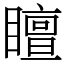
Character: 䁴